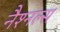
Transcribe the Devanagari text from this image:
नैश्नल्स